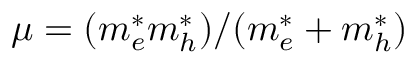
\mu = ( m _ { e } ^ { * } m _ { h } ^ { * } ) / ( m _ { e } ^ { * } + m _ { h } ^ { * } )